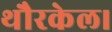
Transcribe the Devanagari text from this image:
थौरकेल।